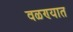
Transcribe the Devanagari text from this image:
वळण्यात